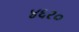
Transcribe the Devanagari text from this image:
४६२०